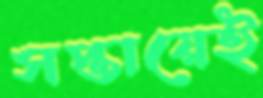
সপ্তায়েই